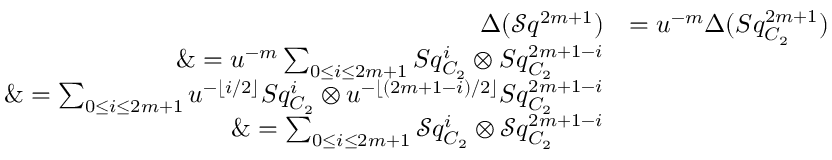
\begin{array} { r l } { \Delta ( \mathcal { S } q ^ { 2 m + 1 } ) } & { = u ^ { - m } \Delta ( S q _ { C _ { 2 } } ^ { 2 m + 1 } ) } \\ { \& = u ^ { - m } \sum _ { 0 \leq i \leq 2 m + 1 } S q _ { C _ { 2 } } ^ { i } \otimes S q _ { C _ { 2 } } ^ { 2 m + 1 - i } } \\ { \& = \sum _ { 0 \leq i \leq 2 m + 1 } u ^ { - \lfloor i / 2 \rfloor } S q _ { C _ { 2 } } ^ { i } \otimes u ^ { - \lfloor ( 2 m + 1 - i ) / 2 \rfloor } S q _ { C _ { 2 } } ^ { 2 m + 1 - i } } \\ { \& = \sum _ { 0 \leq i \leq 2 m + 1 } \mathcal { S } q _ { C _ { 2 } } ^ { i } \otimes \mathcal { S } q _ { C _ { 2 } } ^ { 2 m + 1 - i } } \end{array}